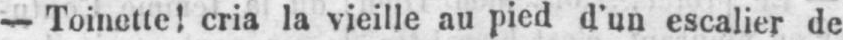
- Toinette! cria la vieille au pied d’un escalier de